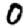
Digit: 0